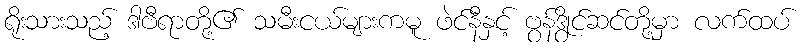
ရိုးသားသည့် ဒါဗီရာတို့၏ သမီးငယ်များကမူ ဖဲင်နီနှင့် ဗွန်ဒွိုင်ဆင်တို့မှာ လက်ထပ်